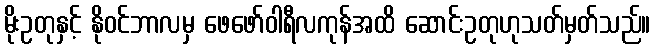
မိုးဥတုနှင့် နိုဝင်ဘာလမှ ဖေဖော်ဝါရီလကုန်အထိ ဆောင်းဥတုဟုသတ်မှတ်သည်။